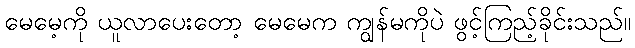
မေမေ့ကို ယူလာပေးတော့ မေမေက ကျွန်မကိုပဲ ဖွင့်ကြည့်ခိုင်းသည်။